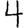
Digit: 4